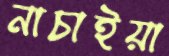
নাচাইয়া